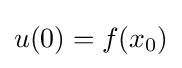
u(0)=f(x_{0})